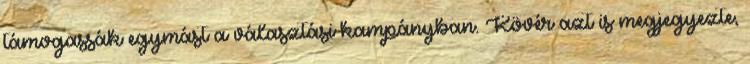
támogassák egymást a választási kampányban. Kövér azt is megjegyezte,